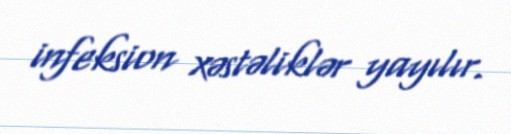
infeksion xəstəliklər yayılır.